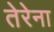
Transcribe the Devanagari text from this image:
तेरेना